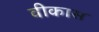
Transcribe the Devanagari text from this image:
वीकास